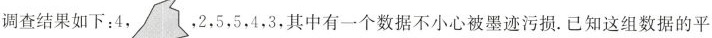
调查结果如下：4，，2，5，5，4，3，其中有一个数据不小心被墨迹污损。已知这组数据的平